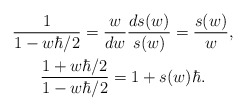
\begin{align*}\begin{gathered}\frac1{1-w\hbar/2}=\frac{w}{dw}\frac{ds(w)}{s(w)}=\frac{s(w)}{w},\\\frac{1+w\hbar/2}{1-w\hbar/2}=1+s(w)\hbar.\end{gathered}\end{align*}